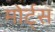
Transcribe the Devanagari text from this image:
मोर्ट्स